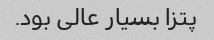
پتزا بسیار عالی بود.